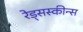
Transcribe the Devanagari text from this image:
रेड्सस्कीन्स